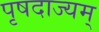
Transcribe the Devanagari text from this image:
पृषदाज्यम्